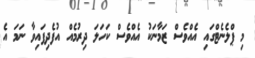
މި ޕްލެނެޓްގައި އެއްވެސް ޒަމާނަކު އެއްވެސް ކަހަލަ ދިރުމެއް އުފެދިފައިވާ ނަމަ އެ